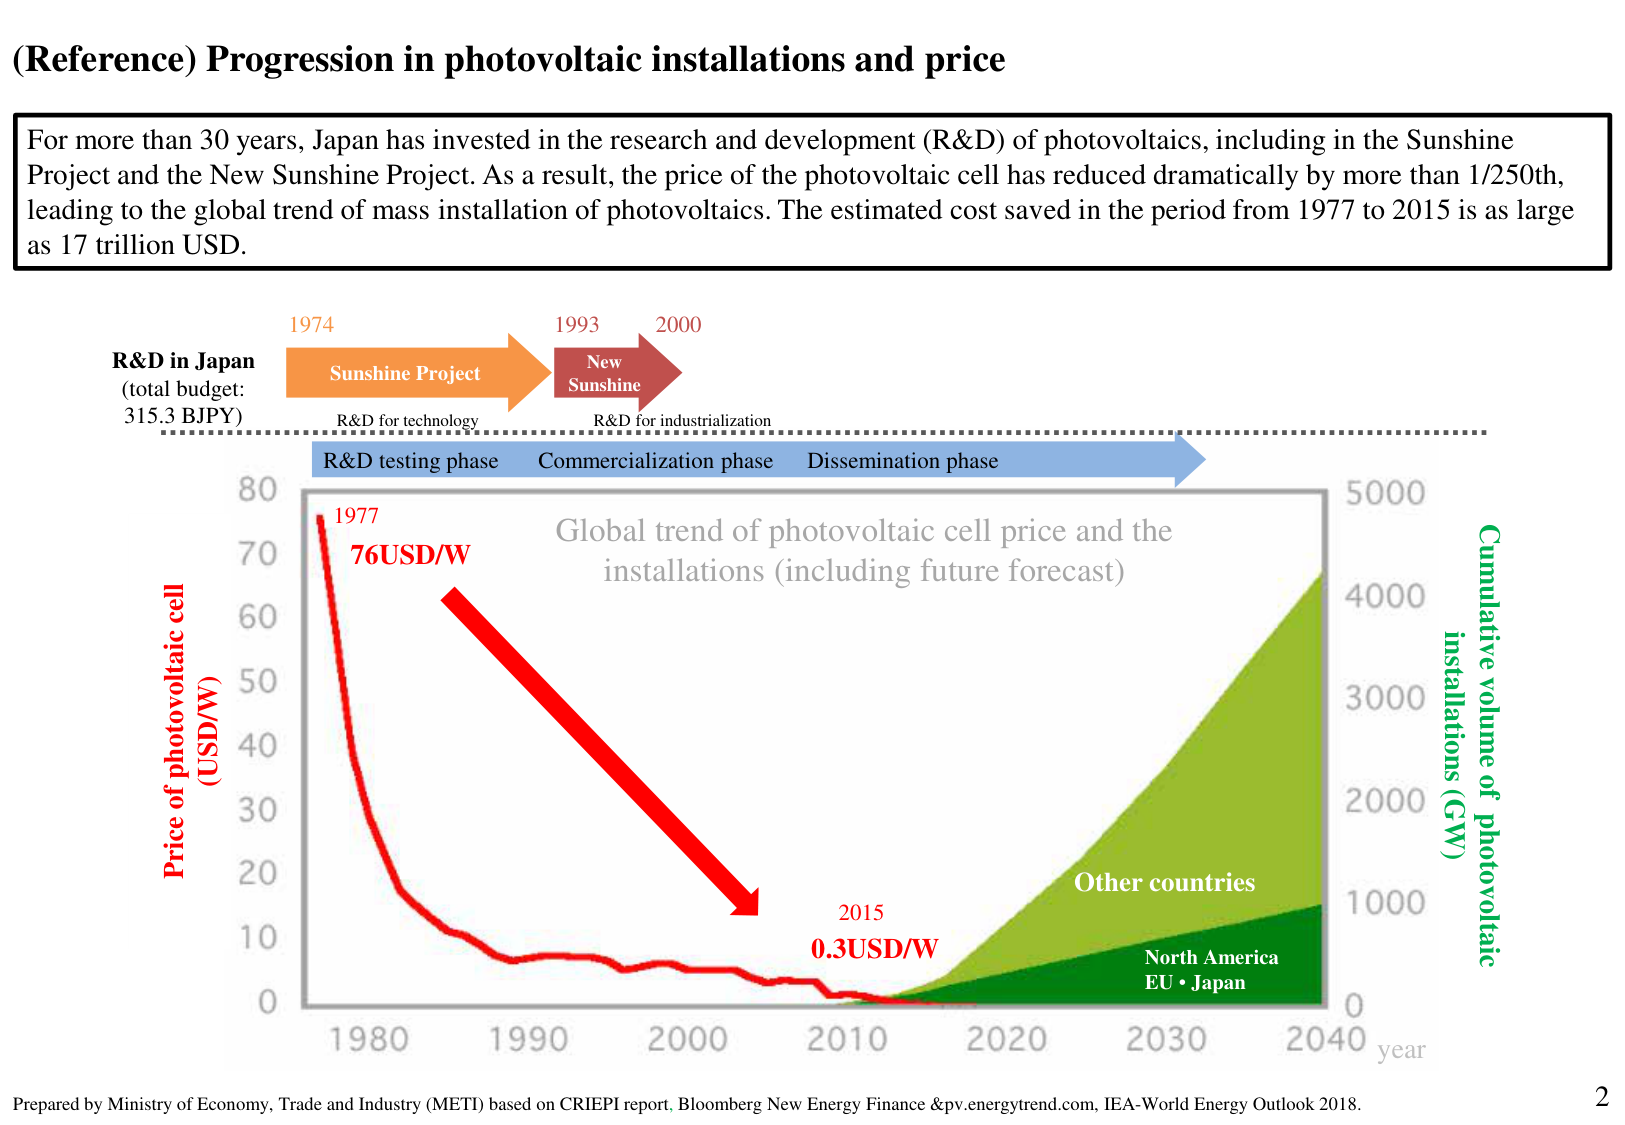
(Reference) Progression in photovoltaic installations and price

For more than 30 years, Japan has invested in the research and development (R&D) of photovoltaics, including in the Sunshine Project and the New Sunshine Project. As a result, the price of the photovoltaic cell has reduced dramatically by more than 1/250th, leading to the global trend of mass installation of photovoltaics. The estimated cost saved in the period from 1977 to 2015 is as large as 17 trillion USD.

R&D in Japan
(total budget: 315.3 BJPY)

1974
Sunshine Project
R&D for technology

1993
New Sunshine
R&D for industrialization

2000

R&D testing phase
Commercialization phase
Dissemination phase

Price of photovoltaic cell
(USD/W)

1977
76USD/W

Global trend of photovoltaic cell price and the installations (including future forecast)

2015
0.3USD/W

Cumulative volume of photovoltaic installations (GW)

Other countries
North America
EU • Japan

year

Prepared by Ministry of Economy, Trade and Industry (METI) based on CRIEPI report, Bloomberg New Energy Finance &pv.energytrend.com, IEA-World Energy Outlook 2018.

2